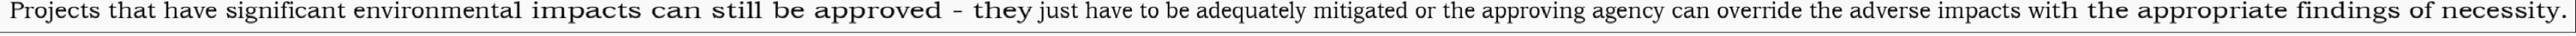
Projects that have significant environmental impacts can still be approved - they just have to be adequately mitigated or the approving agency can override the adverse impacts with the appropriate findings of necessity.